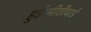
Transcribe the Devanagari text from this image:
हुई।मीठीबाई